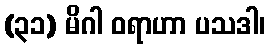
(၃၁) မိဂါ ဝရာဟာ ပသဒါ၊